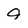
Character: 9